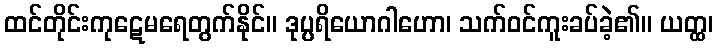
ထင်တိုင်းကုဋေမရေတွက်နိုင်။ ဒုပ္ပရိယောဂါဟော၊ သက်ဝင်ကူးခပ်ခဲ့၏။ ယတ္ထ၊